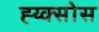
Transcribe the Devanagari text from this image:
ह्य्क्सोस